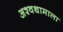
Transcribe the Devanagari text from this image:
अश्वथामाला